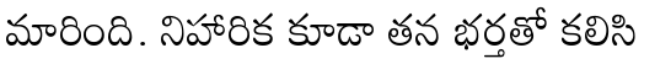
మారింది. నిహారిక కూడా తన భర్తతో కలిసి